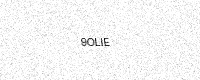
Text: 9OLIE